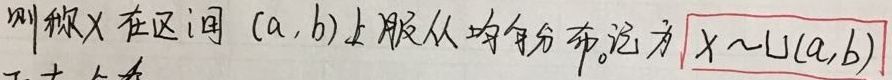
则称\(X\)在区间\((a,b)\)上服从均匀分布。记为\(X\sim U(a,b)\)